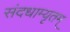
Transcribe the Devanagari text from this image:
संदधाम्यृतम्